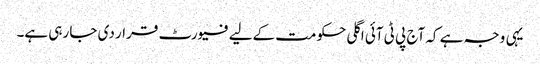
یہی وجہ ہے کہ آج پی ٹی آئی اگلی حکومت کےلیے فیورٹ قرار دی جا رہی ہے۔